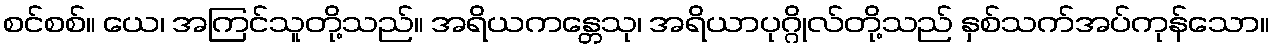
စင်စစ်။ ယေ၊ အကြင်သူတို့သည်။ အရိယကန္တေသု၊ အရိယာပုဂ္ဂိုလ်တို့သည် နှစ်သက်အပ်ကုန်သော။